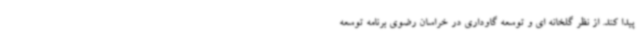
پیدا کند. از نظر گلخانه ای و توسعه گاوداری در خراسان رضوی برنامه توسعه